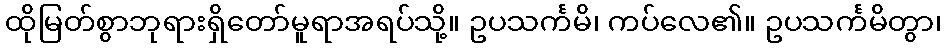
ထိုမြတ်စွာဘုရားရှိတော်မူရာအရပ်သို့။ ဥပသင်္ကမိ၊ ကပ်လေ၏။ ဥပသင်္ကမိတွာ၊